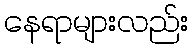
နေရာများလည်း